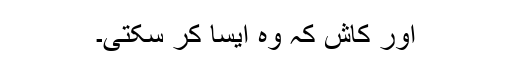
اور کاش کہ وہ ایسا کر سکتی۔